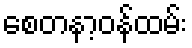
စေတနာ့ဝန်ထမ်း